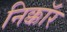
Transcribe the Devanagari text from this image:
निक्कॉर